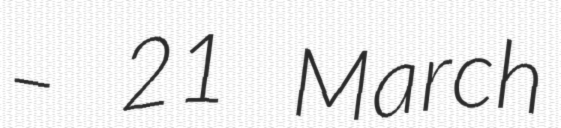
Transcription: – 21 March